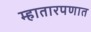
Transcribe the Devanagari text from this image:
म्हातारपणात